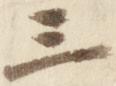
三